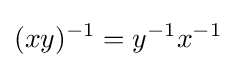
(xy)^{-1}=y^{-1}x^{-1}